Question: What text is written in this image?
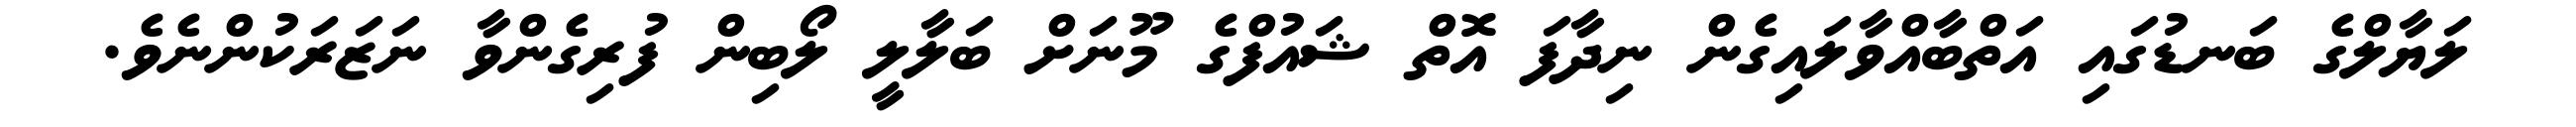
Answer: ލަޔާލްގެ ބަނޑުގައި އަތްބާއްވާލައިގެން ނިދާފަ އޮތް ޝައުފްގެ މޫނަށް ބަލާލީ ލޯބިން ފުރިގެންވާ ނަޒަރަކުންނެވެ.